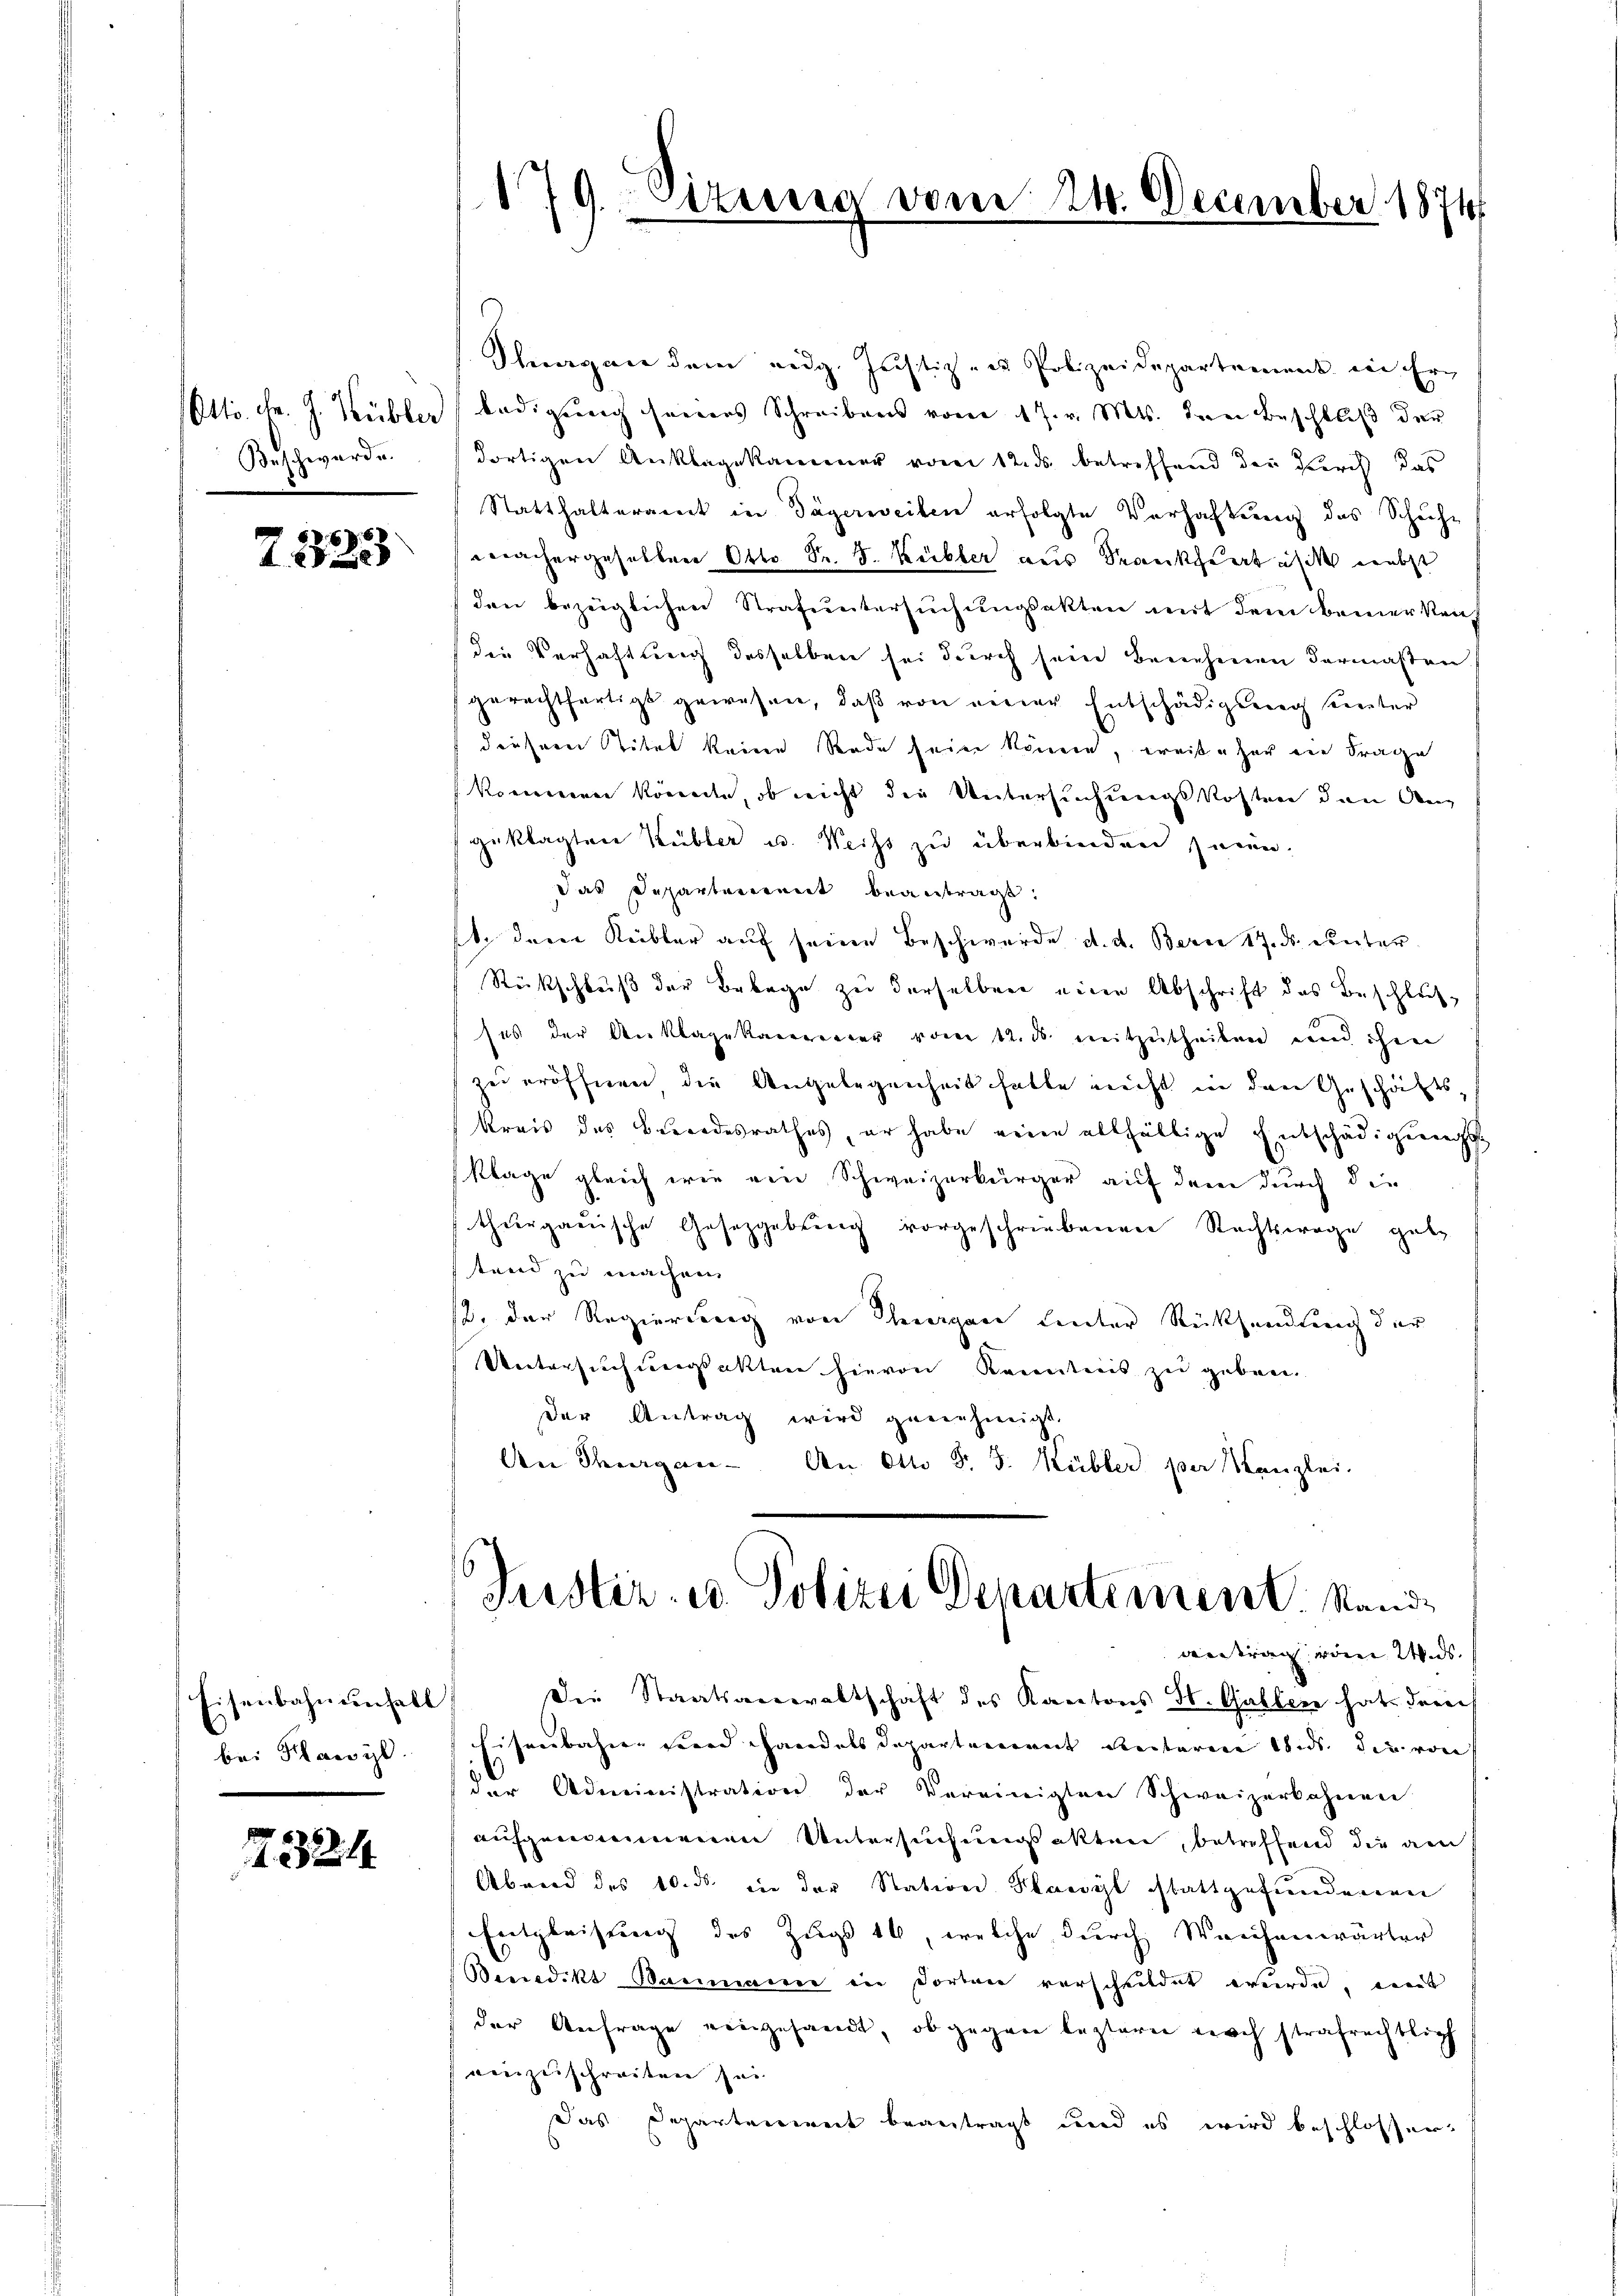
Otto. d. J. Kübler
Beschwarde.

7223

Eisenbahnenfell
bei Flawyl

7. 321

179. etung vom 24. December 1874

Shwegen dem eidg. Justiz- u Polizeidepartement in Er-
ledigung seiners Schreibens vom 17. v. Mts. den Beschluß der
dortigen Anklagekammer vom 12. ds. betreffend der Kirch das
Statthalteramt in Tägerweiten erfolgte Verhaftung des Schech-
wachergeselben Otto Sr. J. Kübler aus Krankheit ist nebst
den bezüglichen Strafuntersuchungsakten mit dem keinerkauf
die Verhaftung desselben sei durch sein benehmen dermaßen
gerechtfertigt gewesen, daβ von einer Entschädigung unter
diesem Stitel keine Rade sein können, weiß eher ein Frage
kommen könnte, ob nicht die Untersuchungskosten den Ang
geklagten Kübler u. Weiss zu überbinden seien.
das Departement beantragt.
st dem Kübler auf seine Beschwerde d. d. Bern 17. ds. unter
Rückschluß der Belege zu derselben eine Abschrift des Beschlußses der Anklagekannter vom 12. ds. mitzutheilen und ihrer
zu eröffnen die Angelegenheit hatte nicht in den Geschäftskreis des Besondesrathes, er habe seien allfältige Entschädigungs
Klage gleich wie von Schweizerkurger auf dem durch die
thurgauische Gesetzgebung vorgeschriebenen Rechtswege gebe
stand zu machen
2. der Regierung von Thurgane Leuter Rücksendung der
Untersuchungsakten hievon Kenntnis zu geben.
der Antrag wird genehmigt.
An Thurgan - An Otto S. J. Kübler per Kanzlei-
Tristir- u. Polizei Departement. Stand
antrag von Was
Die Staatsanwaltschaft des Kantons St. Gallene hat der
ihnenbahnen seine Handals Departenannt Rectorene bis die von
der Administration der Vereinigten Schweizerbahnen
aufgenommenen Untersuchungsakten, betreffend die am
Abend des 10. ds. in der Station Plansyl stattgefundenen
Entgleisung des Zugs 16, welche durch Weichenwärter
Benedikt Baumanne in dorten verschildet wurde, ent
der Anfrage eingesandt, ob gegen lezteren noch strafrechtlich
einzuschreiten sei
Das Departenweit beantragt und es wird beschlossen,